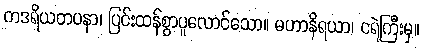
ကဒရိယတပနာ၊ ပြင်းထန်စွာပူလောင်သော။ မဟာနိရယာ၊ ငရဲကြီးမှ။